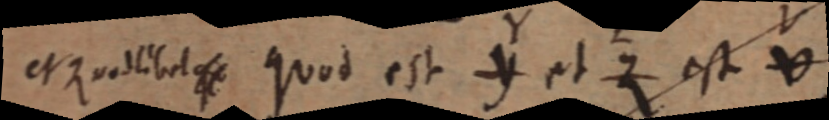
et Quodlibet qu Quod est Y et Z est V